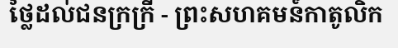
ថ្លៃដល់ជនក្រក្រី - ព្រះសហគមន៍កាតូលិក